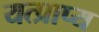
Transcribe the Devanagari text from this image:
यत्प्राप्य